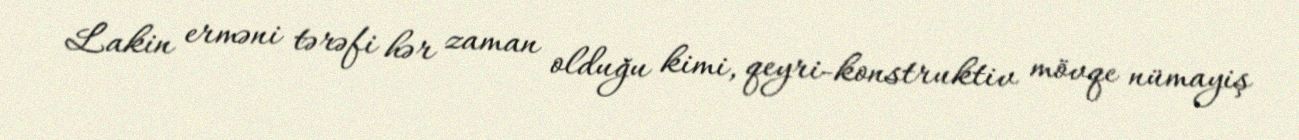
Lakin erməni tərəfi hər zaman olduğu kimi, qeyri-konstruktiv mövqe nümayiş